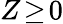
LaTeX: Z\! \ge\! 0